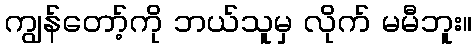
ကျွန်တော့်ကို ဘယ်သူမှ လိုက် မမီဘူး။